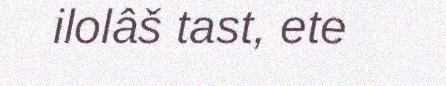
ilolâš tast, ete